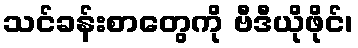
သင်ခန်းစာတွေကို ဗီဒီယိုဖိုင်၊